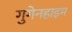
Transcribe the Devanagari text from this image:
गुगेनहाइम